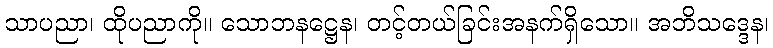
သာပညာ၊ ထိုပညာကို။ သောဘနဋ္ဌေန၊ တင့်တယ်ခြင်းအနက်ရှိသော။ အဘိသဒ္ဒေန၊